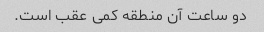
دو ساعت آن منطقه کمی عقب است.